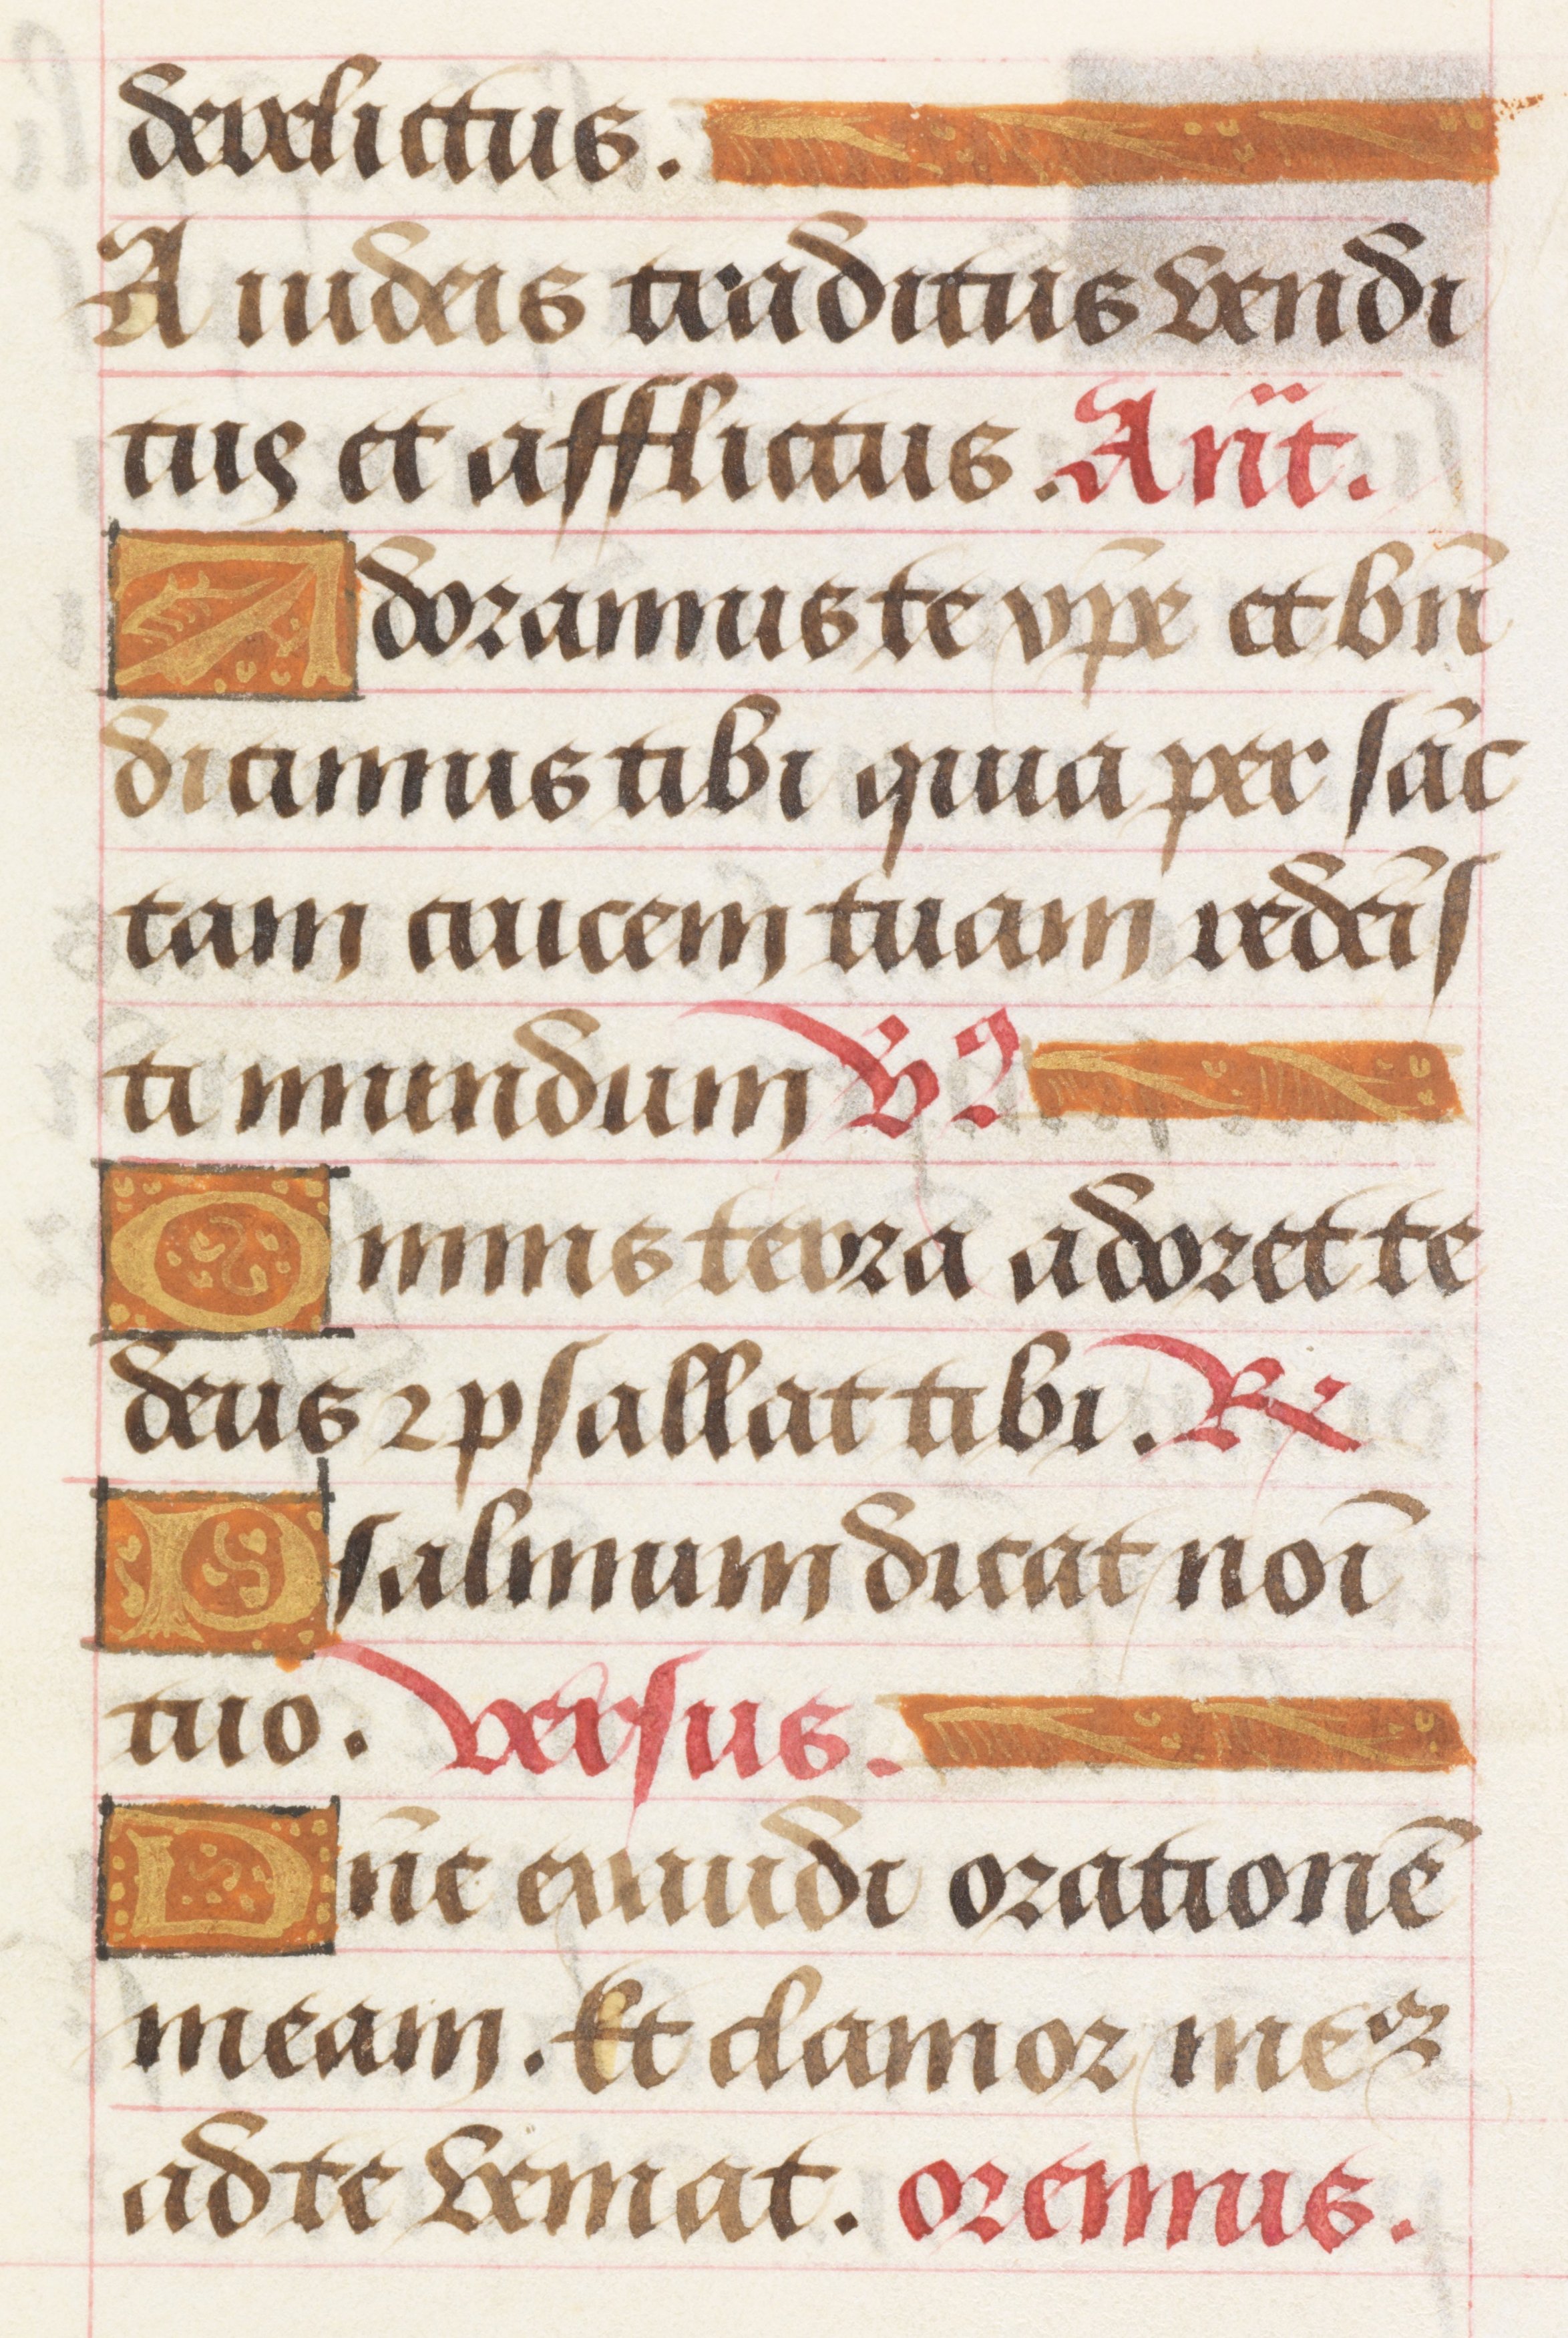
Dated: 1450–1499